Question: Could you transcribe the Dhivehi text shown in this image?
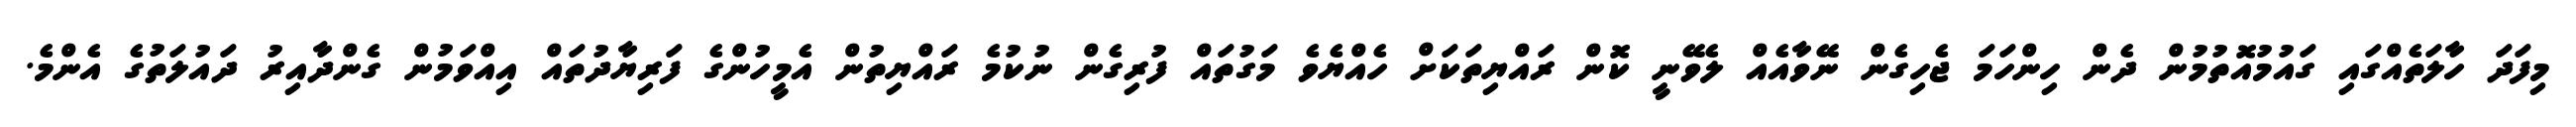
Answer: މިފަދަ ހާލަތެއްގައި ގައުމުއޮތުމުން ދެން ހިންހަމަ ޖެހިގެން ނޭވާއެއް ލެވޭނީ ކޮން ރައްޔިތަކަށް ހެއްޔެވެ މަގުތައް ފުރިގެން ނުކުމެ ރައްޔިތުން އެމީހުންގެ ފަރިޔާދުތައް އިއްވަމުން ގެންދާއިރު ދައުލަތުގެ އެންމެ.